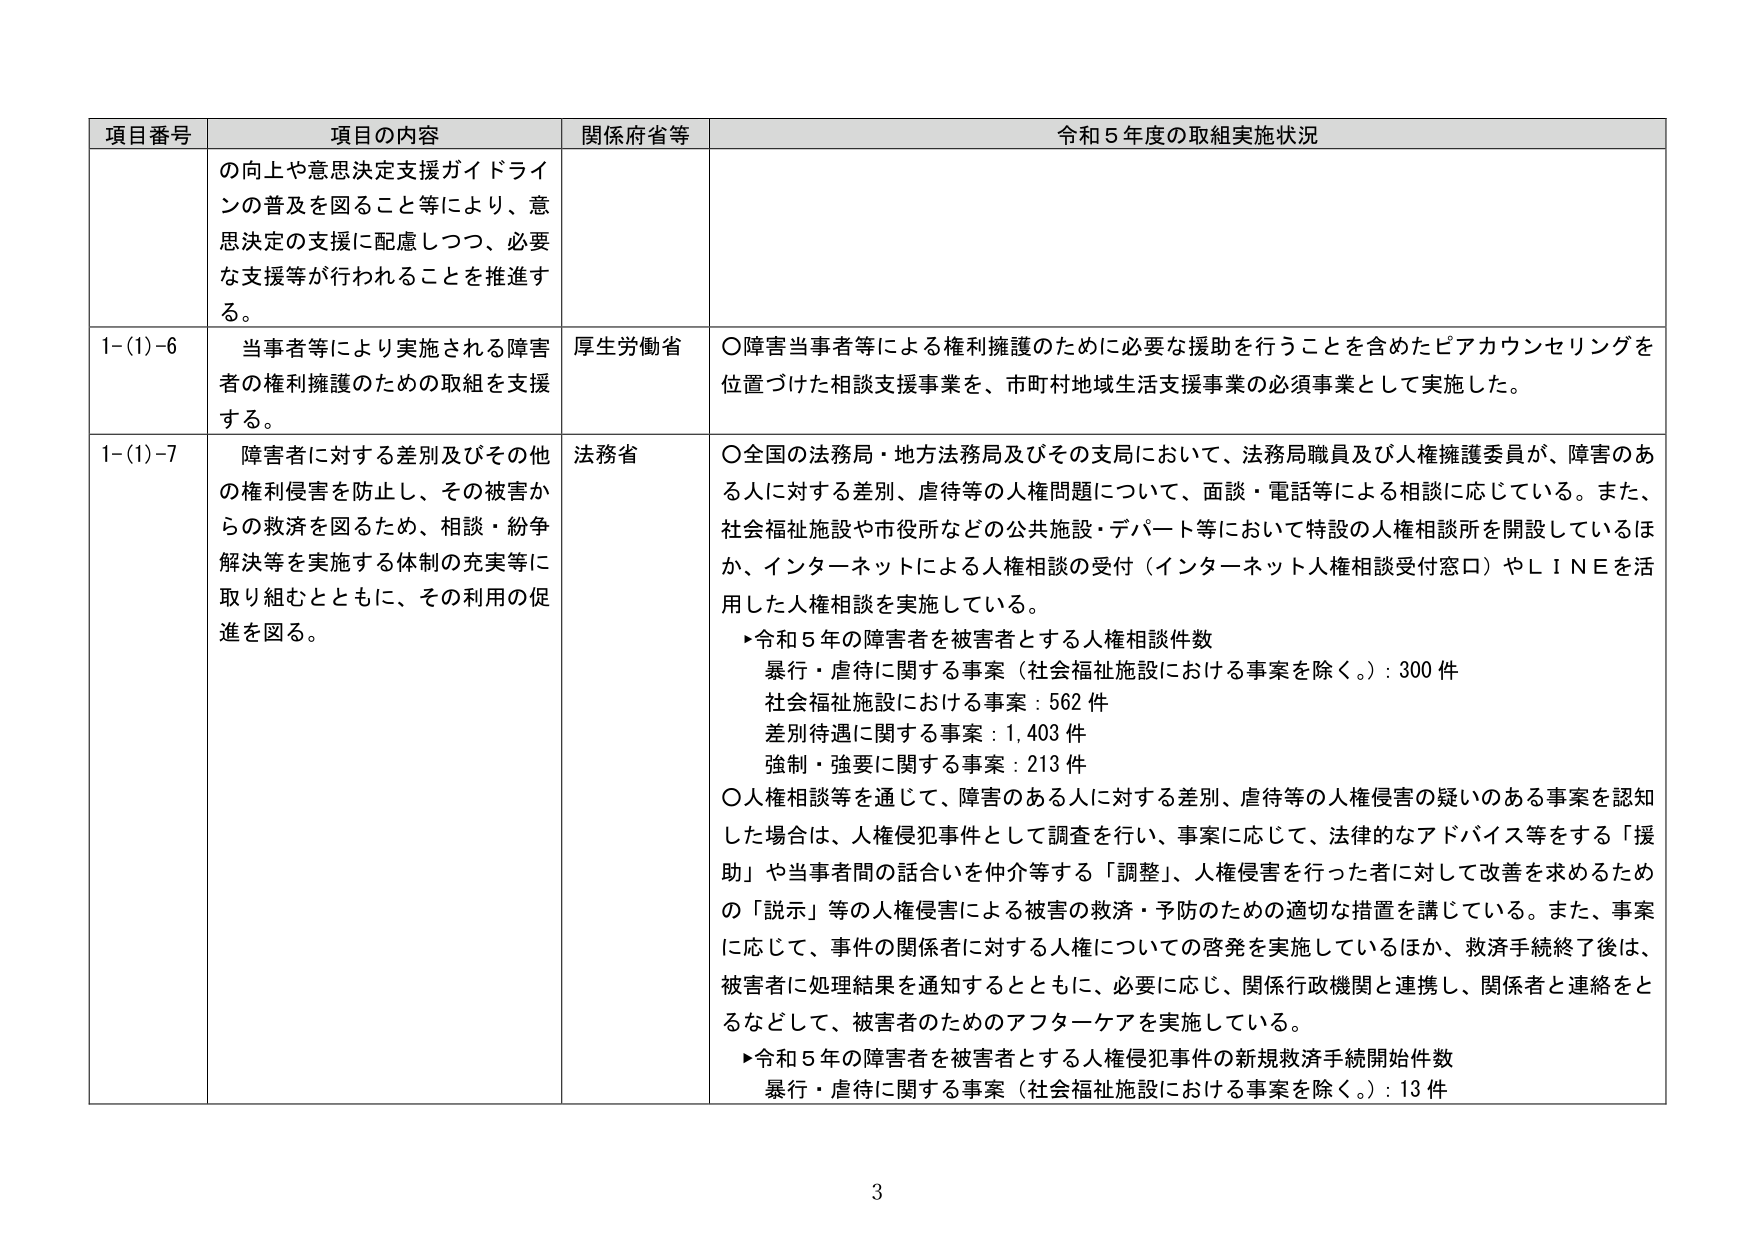
項目番号 項目の内容 関係府省等 令和５年度の取組実施状況
の向上や意思決定支援ガイドラインの普及を図ること等により、意思決定の支援に配慮しつつ、必要な支援等が行われることを推進する。
1-(1)-6 当事者等により実施される障害者の権利擁護のための取組を支援する。 厚生労働省 ○障害当事者等による権利擁護のために必要な援助を行うことを含めたピアカウンセリングを位置づけた相談支援事業を、市町村地域生活支援事業の必須事業として実施した。
1-(1)-7 障害者に対する差別及びその他の権利侵害を防止し、その被害からの救済を図るため、相談・紛争解決等を実施する体制の充実等に取り組むとともに、その利用の促進を図る。 法務省 ○全国の法務局・地方法務局及びその支局において、法務局職員及び人権擁護委員が、障害のある人に対する差別、虐待等の人権問題について、面談・電話等による相談に応じている。また、社会福祉施設や市役所などの公共施設・デパート等において特設の人権相談所を開設しているほか、インターネットによる人権相談の受付（インターネット人権相談受付窓口）やＬＩＮＥを活用した人権相談を実施している。
▶令和５年の障害者を被害者とする人権相談件数
暴行・虐待に関する事案（社会福祉施設における事案を除く。）：300件
社会福祉施設における事案：562件
差別待遇に関する事案：1,403件
強制・強要に関する事案：213件
○人権相談等を通じて、障害のある人に対する差別、虐待等の人権侵害の疑いのある事案を認知した場合は、人権侵犯事件として調査を行い、事案に応じて、法律的なアドバイス等をする「援助」や当事者間の話合いを仲介等する「調整」、人権侵害を行った者に対して改善を求めるための「説示」等の人権侵害による被害の救済・予防のための適切な措置を講じている。また、事案に応じて、事件の関係者に対する人権についての啓発を実施しているほか、救済手続終了後は、被害者に処理結果を通知するとともに、必要に応じ、関係行政機関と連携し、関係者と連絡をとるなどして、被害者のためのアフターケアを実施している。
▶令和５年の障害者を被害者とする人権侵犯事件の新規救済手続開始件数
暴行・虐待に関する事案（社会福祉施設における事案を除く。）：13件
3